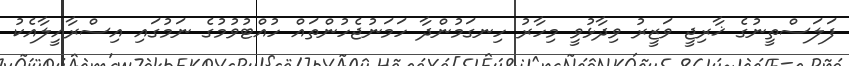
ފަލަސްތީނުގެ ޚާރިޖީ ވަޒީރު ވިދާޅުވީ މިހާރު ހިނގަމުންދާ ހަމަނުޖެހުންތައް ހުއްޓުވުމުގެ ނަމުގައި އިސްރާއީލާއެކު